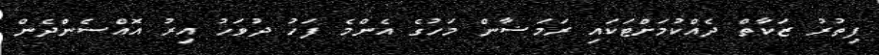
ފިތުރު ޒަކާތް ދެއްކުމަށްޓަކައި ރަމަޟާން މަހުގެ އެންމެ ފަހު ދުވަހު އިރު އޮއްސެންދެން